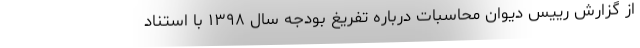
از گزارش رییس دیوان محاسبات درباره تفریغ بودجه سال ۱۳۹۸ با استناد